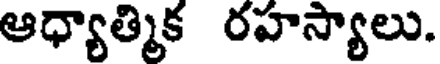
ఆధ్యాత్మిక రహస్యాలు.